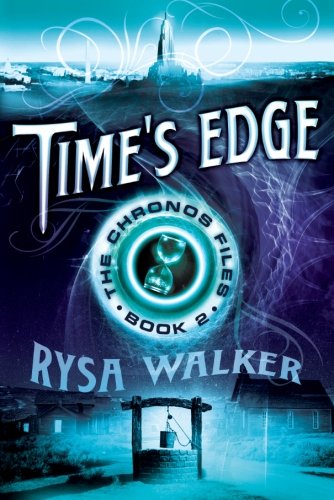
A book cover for Time's Edge (The Chronos Files); Rysa Walker; Science Fiction & Fantasy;